Annual report of the Civil Veterinary Department, Bengal, for the year 1897-98 - 1897-1898
Year: 1897
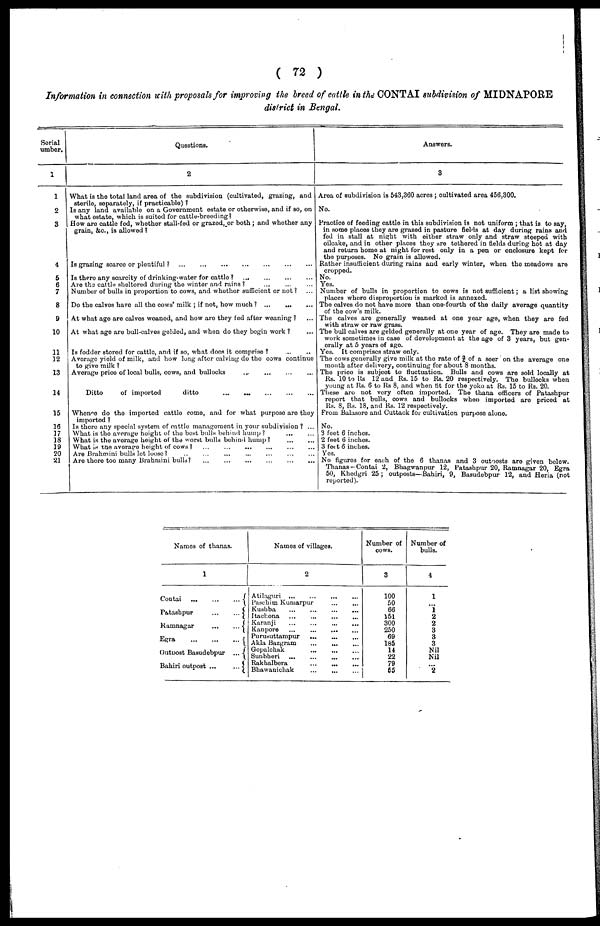
( 72 )
Information in connection with proposals for improving the breed of cattle in the CONTAI subdivision of MIDNAPORE
district in Bengal.
Serial
umber.
1
1
2
3
4
5
6
7
8
9
10
11
12
13
14
15
16
17
18
19
20
21
Questions.
2
What is the total land area of the subdivision (cultivated, grazing, and
sterile, separately, if practicable) ?
Is any land availahle on a Government estate or otherwise, and if so, on
what estate, which is suited for cattle-breeding?
How are cattle fed, whether stull-fed or grazed, or both ; and whether any
grain, &c., is allowed?
Is grazing scarce or plentiful ?
...
...
...
...
...
...
...
Is there any scarcity of drinking-water for cattle ? ... ... ... ...
Are the cattle sheltered during the winter and rains? ... ... ...
Number of bulls in proportion to cows, and whether sufficient or not ? ...
Do the calves have all the cows' milk ; if not, how much ? ... ... ...
At what ago are calves weaned, and how are they fed after weaning ? ...
At what age are bull-calves gelded, and when do they begin work ? ...
Is fodder stored for cattle, and if so, what does it comprise ? ... ...
Average yield of milk, and how long after calving do the cows continue
to give milk ?
Average price of local bulls, cows, and bullocks ... ... ... ...
Ditto
of imported
ditto
...
... ... ... ...
Whence do the imported cattle come, and for what purpose are they
imported ?
Is there any special system of cattle management in your subdivision ? ...
What is the average height of the best bulls behind hump ?
...
...
What is the average height of the worst bulls behind hump? ... ...
What is the average height of cows ? ... ... ... ... ... ...
Are Brahmini bulls let loose? ... ... ... ... ... ... ...
Are there too many Brahmini bulls? ... ... ... ... ... ...
Answers.
3
Area of subdivision is 543,360 acres ; cultivated area 456,300.
No.
Practice of feeding cattle in this subdivision is not uniform ; that is to say,
in some places they are grazed in pasture fields at day during rains and
fed in stall at night with either straw only and straw stooped with
oilcake, and in other places they are tethered in fields during hot at day
and return homo at night for rest only in a pen or enclosure kept for
the purposes. No grain is allowed.
Rather insufficient during rains and early winter, when the meadows are
cropped.
No.
Yes.
Number of bulls in proportion to cows is not sufficient; a list showing
places where disproportion is marked is annexed.
The calves do not have more than one-fourth of the daily average quantity
of the cow's milk.
The calves are generally weaned at one year age, when they are fed
with straw or raw grass.
The bull calves are gelded generally at one year of ago. They are made to
work sometimes in case of development at the age of 3 years, but gen-
orally at ft years of ago.
Yes. It comprises straw only.
The cows generally give milk at the rate of of a seer on the average one
month after delivery, continuing for about 8 months.
The price is subject to fluctuation. Hulls and cows are sold locally at
Rs. 10 to Rs 12 and Rs. 15 to Rs. 20 respectively. The bullocks when
young at Rs. 6 to Rs 8, and when tit for the yoko at Rs. 15 to Rs. 20.
These are not very often imported. The thana officers of Patashpur
report that bulls, cows and bullocks when imported are priced at
Rs. 8, Rs. 18, and Rs. 12 respectively.
From Balasore and Cuttack for cultivation purpose alone.
No.
3 feet 6 inches.
2 feet 6 inches.
3 feet 6 inches.
Yes.
No figures for each of the 6 thanas and 3 outoosts are given below.
Thanas- Contai 2, Bhagwanpur 12, Patashpur 20, Ramnagar 20, Egra
50, Khedgri 25 ; outposts—Bahiri, 9, Basudebpur 12, and Heria (not
reported).
Names of thanas.
1
Cootai
...
...
...
Patashpur
...
...
Ramnagar
...
...
Egra
...
...
...
OutDost Basudebpur
...
Bahiri outpost ...
...
Names of villages.
2
Atilaguri ... ... ... ...
Paschim Kuniarpur ... ...
Kushba ... ... ... ...
ltacl.ona ... ... ... ...
Karanji ... ... ... ...
Kanpore
...
...
...
...
Purusuttampur
... ... ... ...
Akla Bazgram ... ... ...
Gopalchak ... ... ...
Sunbheri
...
...
...
...
Rukhalbera ... ... ...
Bhawauichak ... ... ...
Number of
cows.
3
100
50
66
151
300
250
69
185
14
22
79
65
Number of
bulls.
4
1
... 1
2
2
3
3
3
Nil
Nil
...
2